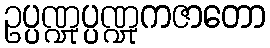
ဥပ္ပဏ္ဍုပ္ပဏ္ဍုကဇာတော